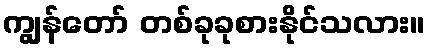
ကျွန်တော် တစ်ခုခုစားနိုင်သလား။